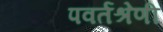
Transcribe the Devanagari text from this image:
पवर्तश्रेणी